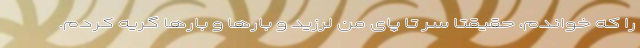
را که خواندم، حقیقتاً سر تا پای من لرزید و بارها و بارها گریه کردم.